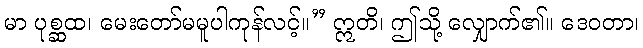
မာ ပုစ္ဆထ၊ မေးတော်မမူပါကုန်လင့်။” ဣတိ၊ ဤသို့ လျှောက်၏။ ဒေဝတာ၊